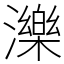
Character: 濼